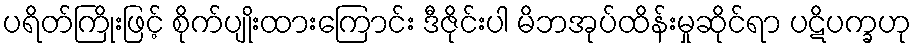
ပရိတ်ကြိုးဖြင့် စိုက်ပျိုးထားကြောင်း ဒီဇိုင်းပါ မိဘအုပ်ထိန်းမှုဆိုင်ရာ ပဋိပက္ခဟု